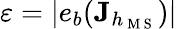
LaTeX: \varepsilon=|e_{b}(\mathbf{J}_{h_{\mathrm{~M~S~}}})|